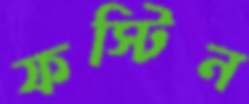
ফস্টিন